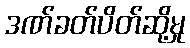
ဒဏ်ခတ်ပိတ်ဆို့မှု